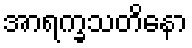
အာရက္ခသတိနော